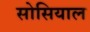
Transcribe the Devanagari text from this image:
सोसियाल